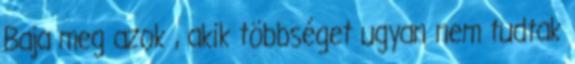
Baja meg azok , akik többséget ugyan nem tudtak